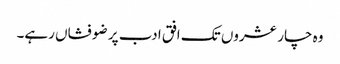
وہ چار عشروں تک افق ادب پر ضو فشاں رہے۔